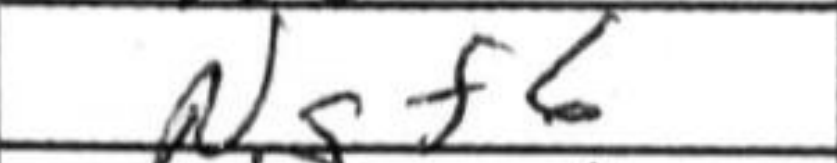
Transcription: Ngf6